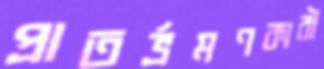
প্রাতর্ভ্রমণকারী